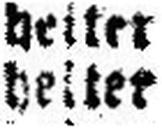
heiter